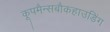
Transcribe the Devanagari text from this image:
कूपमैन्सबौकहाउडिंग